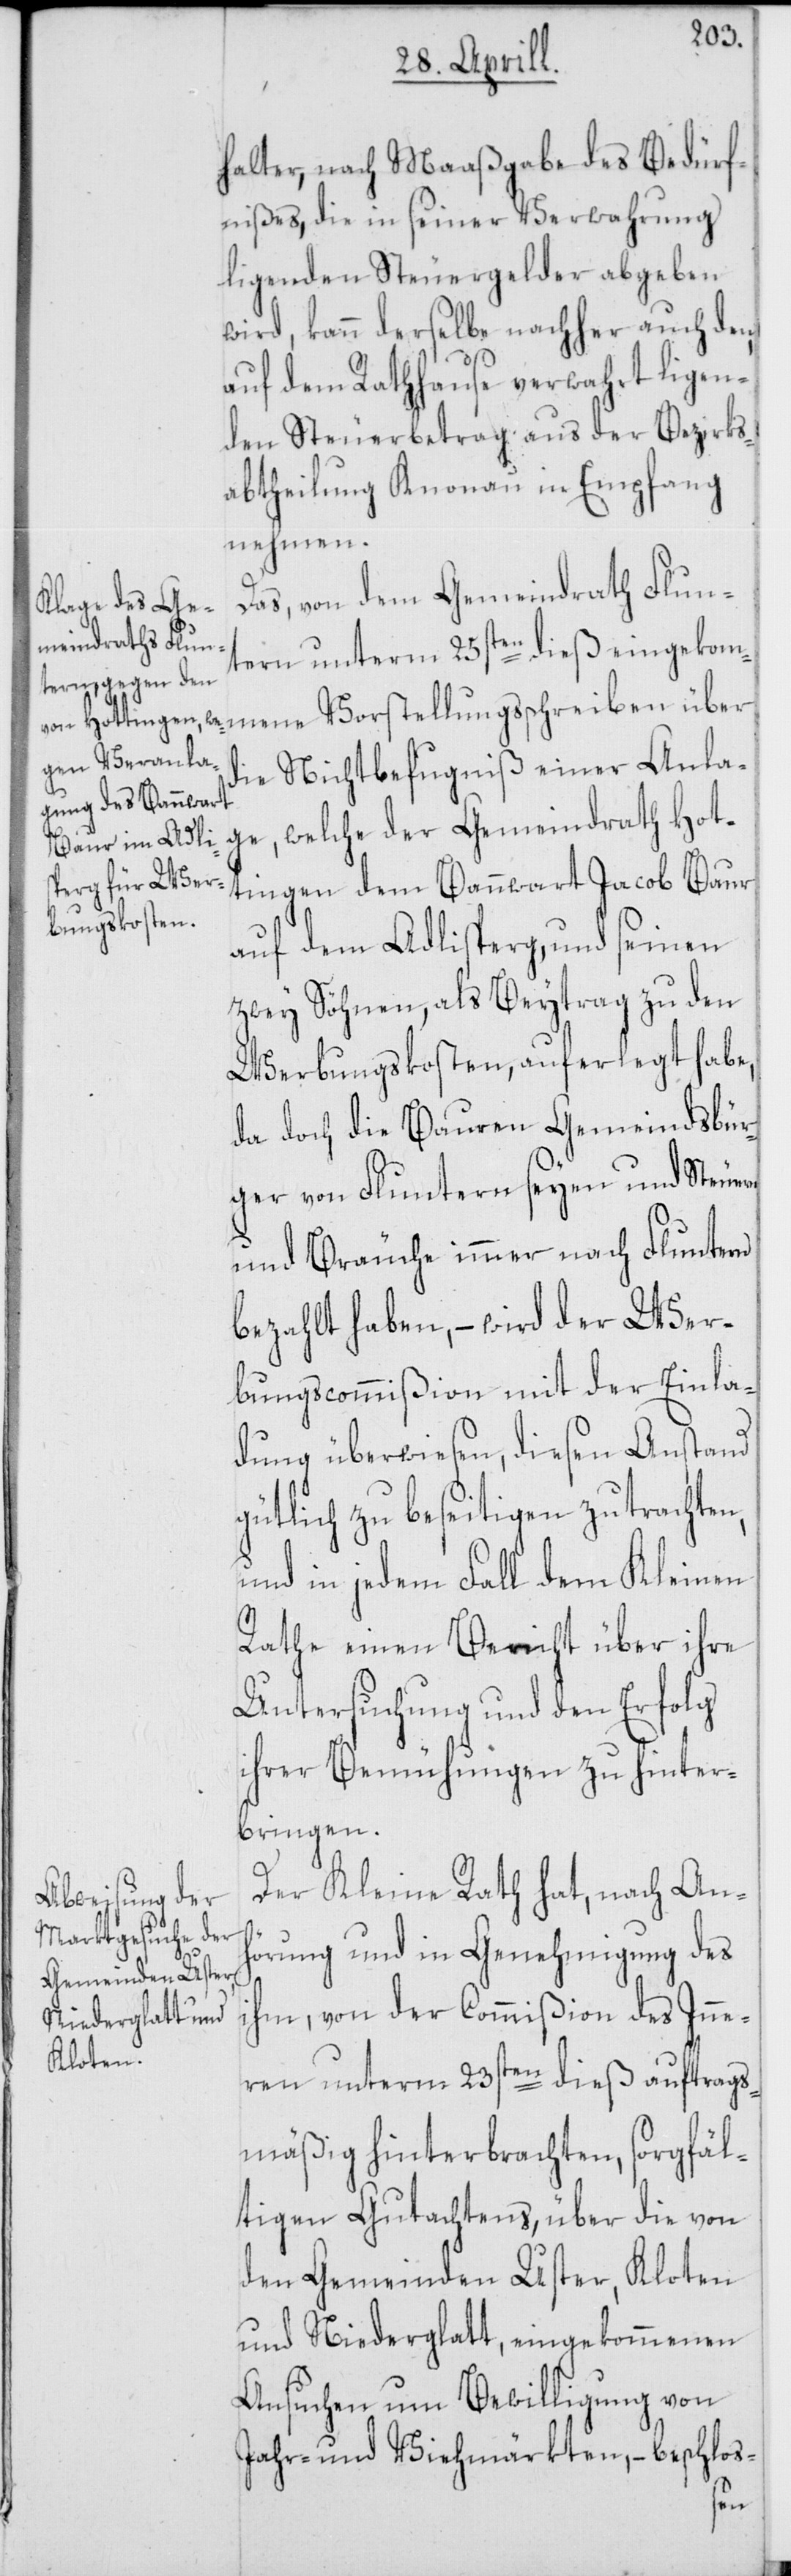
halter, nach Maaßgabe des Bedürf¬
nißes, die in seiner Verwahrung
ligenden Steuergelder abgeben
wird, kann derselbe nachher auch den,
auf dem Rathhause verwahrt ligen¬
den Steuerbetrag aus der Bezirks¬
abtheilung Knonau in Empfang
nehmen.
Das, von dem Gemeindrath Flun¬
tern unterm 25sten dieß eingekom¬
die Nichtbefugniß einer Anla¬
ge, welche der Gemeindrath Hot¬
tingen dem Bannwart Jacob Baur
auf dem Adlisperg, und seinen
zwey Söhnen, als Beytrag zu den
Werbungskosten, auferlegt habe,
da doch die Bauren Gemeindsbür¬
ger von Fluntern seyen und Steuern
und Bräuche immer nach Fluntern
bezahlt haben, – wird der Wer¬
bungscommißion mit der Einla¬
dung überwiesen, diesen Anstand
gütlich zu beseitigen zu trachten,
und in jedem Fall dem Kleinen
Rathe einen Bericht über ihre
Untersuchung und den Erfolg
ihrer Bemühungen zu hinter¬
bringen.
Der Kleine Rath hat, nach An¬
hörung und in Genehmigung des
ihm, von der Commißion des Inne¬
ren unterm 23sten dieß auftrags¬
mäßig hinterbrachten, sorgfäl¬
tigen Gutachtens, über die von
den Gemeinden Uster, Kloten
und Niederglatt, eingekommenen
Ansuchen um Bewilligung von
Jahr- und Viehmärkten, – beschlos-
mene